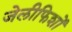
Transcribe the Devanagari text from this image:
जेलीफिशों